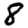
Digit: 8